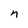
Character: n